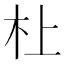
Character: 𪱲